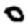
Digit: 0